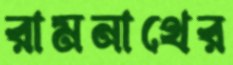
রামনাথের